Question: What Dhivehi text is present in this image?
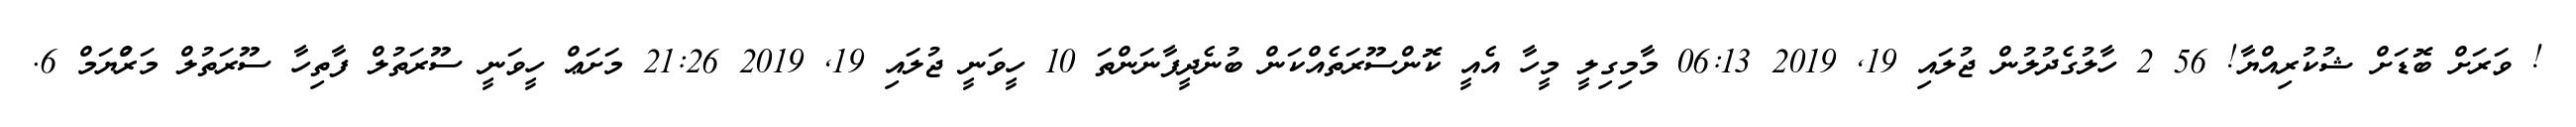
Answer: ! ވަރަށް ބޮޑަށް ޝުކުރިއްޔާ! 56 2 ހާލުގެދުލުން ޖުލައި 19, 2019 06:13 މާމިގިލީ މީހާ އެއީ ކޮންސޫރަތެއްކަން ބުނެދީފާނަންތަ 10 ހީވަނީ ޖުލައި 19, 2019 21:26 މަށަޢް ހީވަނީ ސޫރަތުލް ފާތިހާ ސޫރަތުލް މަރްުޔަމް 6.